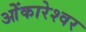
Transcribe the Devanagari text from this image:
ओेंकारेश्वर